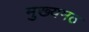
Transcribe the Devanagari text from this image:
मुख्यमठ